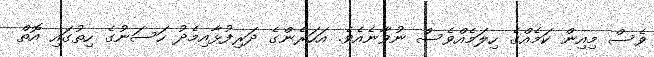
ވެސް މިއިން ކަމެއްގެ ހިލަމެއްވެސް ނުވާނެއެވެ. އަހަރެންގެ ދަރިފުޅާއިމެދު ހަސަނުގެ ހިތުގައި އޮތް